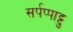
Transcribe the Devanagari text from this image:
सर्पप्पाट्टु